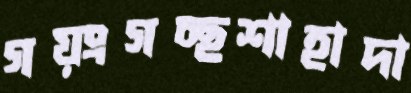
গয়ংগচ্ছশাহাদা